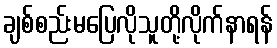
ချစ်စည်းမပြေလိုသူတို့လိုက်နာရန်